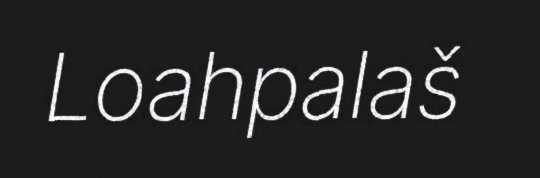
Loahpalaš